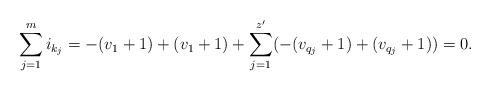
LaTeX: \begin{align*} \sum_{j=1}^m i_{k_j}= -(v_1+1)+(v_1+1)+\sum_{j=1}^{z'}(-(v_{q_j}+1)+(v_{q_j}+1))=0. \end{align*}